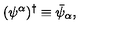
( \psi ^ { \alpha } ) ^ { \dagger } \equiv \bar { \psi } _ { \alpha } ,